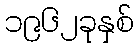
၁၉၆၂ခုနှစ်